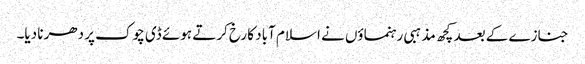
جنازے کے بعد کچھ مذہبی رہنماؤں نے اسلام آباد کا رخ کرتے ہوئے ڈی چوک پر دھرنا دیا۔